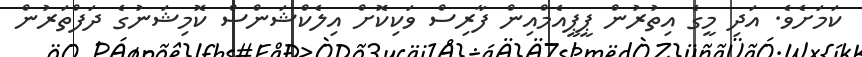
ކަމަށެވެ. އަދި މީގެ އިތުރުން ޕީޕީއެމްއިން ފާރިސް ވަކިކޮށް އިލެކްޝަންސް ކޮމިޝަނުގެ ދަފްތަރުން